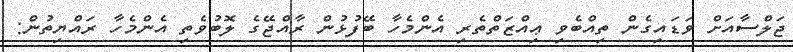
ޖަލްސާއަށް ވަޑައިގެން ތިއްބެވި ޢިއްޒަތްތެރި އެންމެހާ ބޭފުޅުން ރާއްޖޭގެ ލޮބުވެތި އެންމެހާ ރައްޔިތުން: